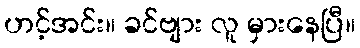
ဟင့်အင်း။ ခင်ဗျား လူ မှားနေပြီ။